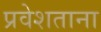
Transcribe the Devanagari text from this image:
प्रवेशताना